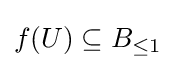
{\textstyle f(U)\subseteq B_{\leq 1}}